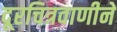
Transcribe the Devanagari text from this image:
दूरचित्रवाणीने